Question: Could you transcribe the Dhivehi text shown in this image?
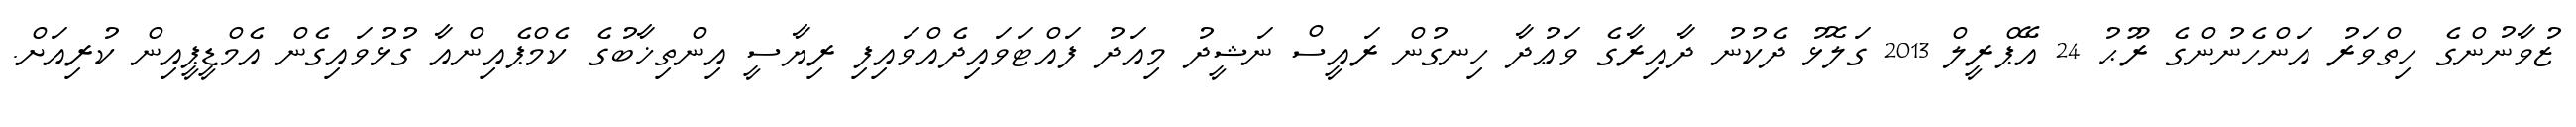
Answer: ޒުވާނުންގެ ހިތްވަރު އަންހެނުންގެ ރޫޙު 24 އޭޕްރީލް 2013 ގަލޮޅު ދެކުނު ދާއިރާގެ ވަޢުދާ ހިނގުން ރައީސް ނަޝީދު މިއަދު ފައްޓަވައިދެއްވައިފި ރިޔާސީ އިންތިޚާބުގެ ކެމްޕެއިންއާ ގުޅުވައިގެން އެމްޑީޕީއިން ކުރިއަށް.